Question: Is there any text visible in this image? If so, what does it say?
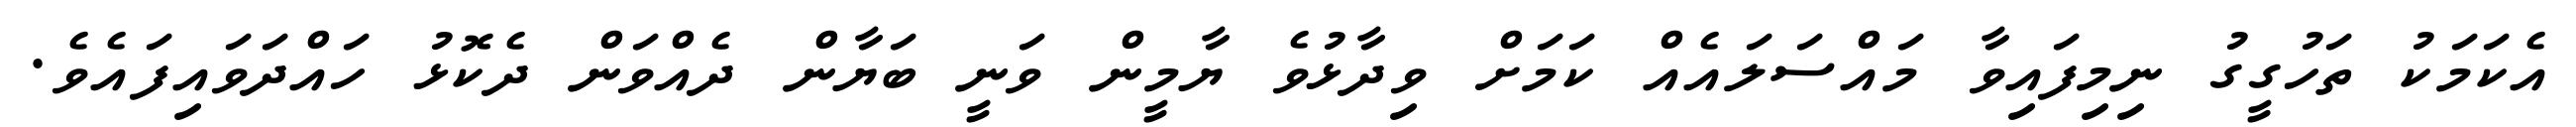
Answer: އެކަމަކު ތަހުގީގު ނިމިފައިވާ މައްސަލައެއް ކަމަށް ވިދާޅުވެ ޔާމީން ވަނީ ބަޔާން ދެއްވަން ދެކޮޅު ހައްދަވައިފައެވެ.